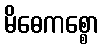
မိဓေကစ္စော